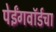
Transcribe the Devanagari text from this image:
पेईंगवॉर्डचा